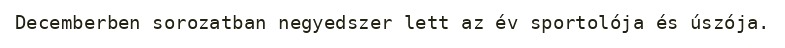
Decemberben sorozatban negyedszer lett az év sportolója és úszója.